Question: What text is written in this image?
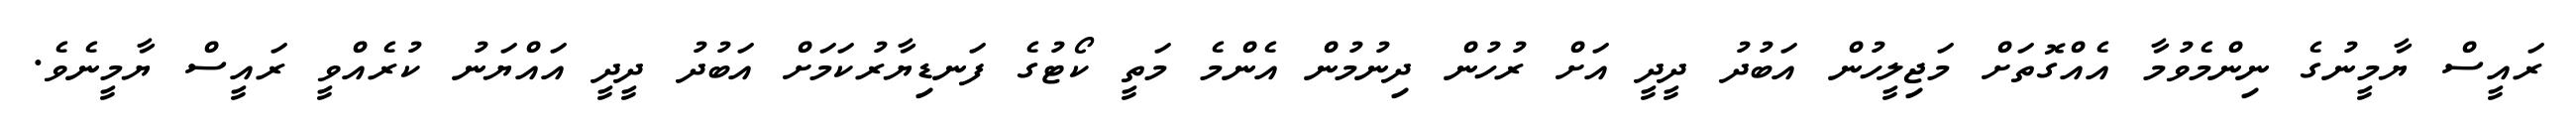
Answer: ރައީސް ޔާމީނުގެ ނިންމެވުމާ އެއްގޮތަށް މަޖިލީހުން އަބުދު ދީދީ އަށް ރުހުން ދިނުމުން އެންމެ މަތީ ކޯޓުގެ ފަނޑިޔާރުކަމަށް އަބުދު ދީދީ އައްޔަނު ކުރެއްވީ ރައީސް ޔާމީނެވެ.